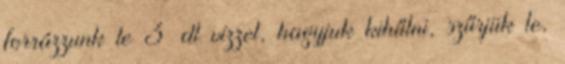
forrázzunk le 3 dl vízzel, hagyjuk kihűlni, szűrjük le,